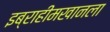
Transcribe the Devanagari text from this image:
इब्राहीमखानला